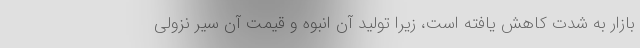
بازار به شدت کاهش یافته است، زیرا تولید آن انبوه و قیمت آن سیر نزولی